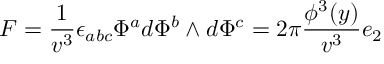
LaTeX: F = \frac 1 { v ^ { 3 } } \epsilon _ { a b c } \Phi ^ { a } d \Phi ^ { b } \wedge d \Phi ^ { c } = 2 \pi \frac { \phi ^ { 3 } ( y ) } { v ^ { 3 } } e _ { 2 }